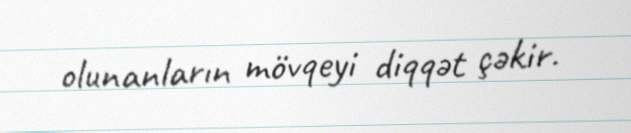
olunanların mövqeyi diqqət çəkir.